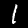
Label: 1